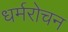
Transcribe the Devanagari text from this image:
धर्मरोचन